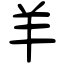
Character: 羊